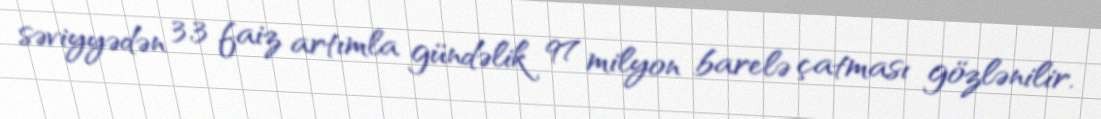
səviyyədən 3,3 faiz artımla gündəlik 97 milyon barelə çatması gözlənilir.